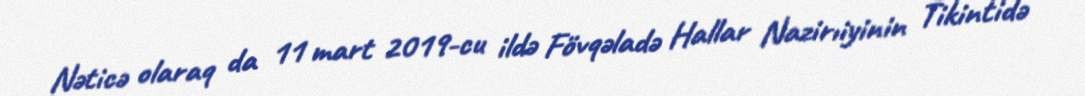
Nəticə olaraq da 11 mart 2019-cu ildə Fövqəladə Hallar Nazirıiyinin Tikintidə